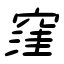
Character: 窪